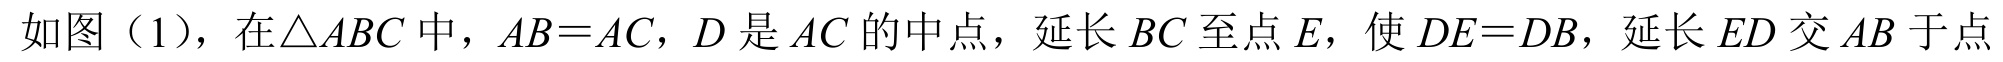
如图（1），在\(\triangle ABC\)中，\(AB = AC\)，\(D\)是\(AC\)的中点，延长 \(BC\) 至点 \(E\)，使 \(DE = DB\)，延长 \(ED\) 交 \(AB\) 于点